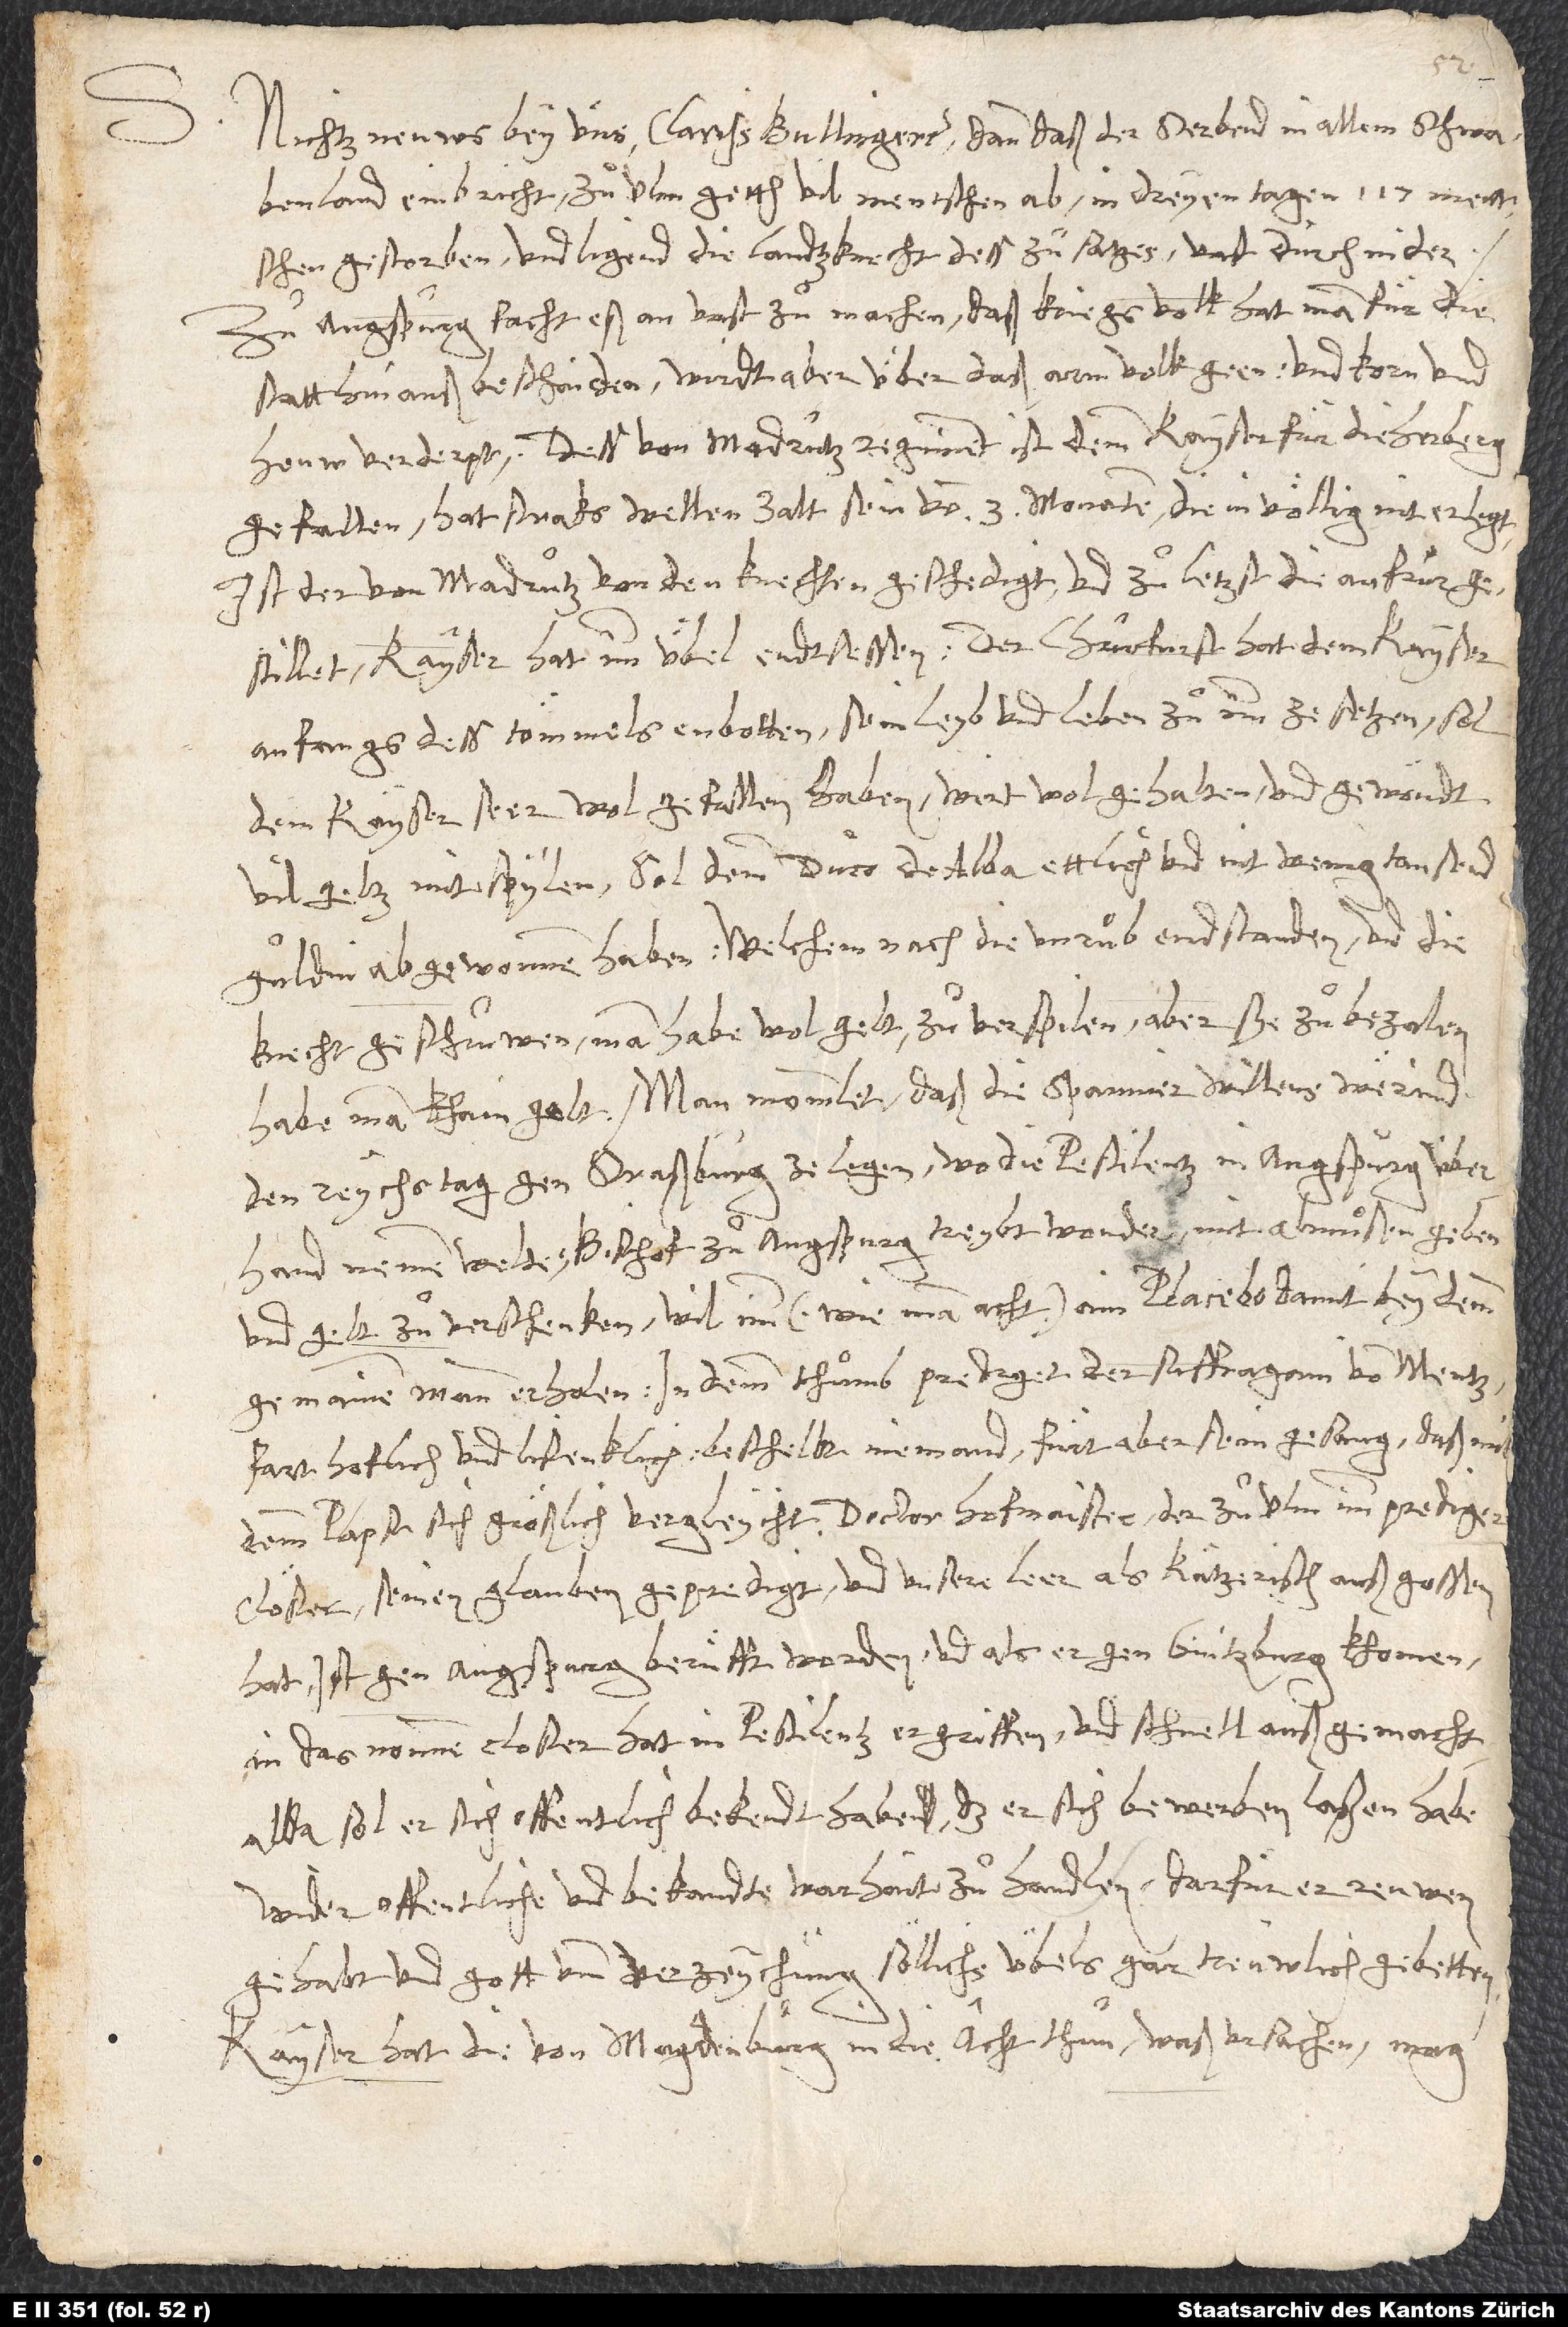
1547.
Nichtz neuws bey uns, clarissime Bullingere, dann daß der sterbend in allem Schwabenland
einbricht. Zuͦ Ulm getth vil mentschen ab, in dreyen tagen 117 mentschen
gestorben, und ligend die landzknecht dess zuͦsatzes vast durch nider.
Zuͦ Augspurg facht eß an, vast zuͦ machen. Daß kriegsvolk hat man fuͤr die
statt hinauß beschaiden; wirdt aber über daß arm volk geen und korn und
Dess von Madrutz regiment ist demm kayser für die herberg
gefallen. Hat straks wellen zalt sein von 3 monaten, die in völlig nit erlegt.
Ist der von Madrutz von den knechten geschedigt, und zuͦletzst die aufruͦr
gestillet. Kayser hat imm übel endtsessen. Der churfurst hat dem kayser
anfangs dess tömmels enbotten, sein leyb und leben zuͦ imm ze setzen. Sol
dem kayser seer wol gefallen haben. Wirt wol gehalten und gewöndt
vil geltz mit spylen. Sol demm duco de Alba etlich und nit wenig tausend
guldin abgewonnen haben; welchem nach die unruͦb endtstanden und die
knecht geschruwen, man habe wol gelt zuͦ verspilen, aber sye zuͦ bezalen
den reychstag gen Straßburg ze legen, wo die pestilentz in Augspurg überhand
und gelt zuͦ verschenken. Wil im (wie man acht) ain placebo damit beym demm
gemainen mann erholen. In dem thuͦmb prediget der suffragain von Mentz.
Fart hoflich und listenklich. Beschellt niemand. Fuͤrt aber sein gesang, daß mit
seinen glauben gepredigt und unsere leer als kätzerisch außgossen
hat, ist gen Augspurg beruͤfft worden. Und als er gen Gintzburg khomen
in das nonnencloster, hat in pestilentz ergriffen und schnell außgemacht.
Allda sol er sich offentlich bekendt haben, das er sich bewerben laßen habe,
wider offentliche und bekandte warhait zuͦ handlen; darfür er reuwen
gehabt und gott umb verzeychung söllichs übels gar treuwlich gebetten.
Kayser hat die von Magdenburg in die acht thuͦn. Waß ursachen, mag